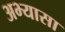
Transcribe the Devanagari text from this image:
अभ्यासा